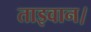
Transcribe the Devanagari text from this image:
ताइवान।